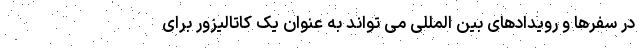
در سفرها و رویدادهای بین المللی می تواند به عنوان یک کاتالیزور برای